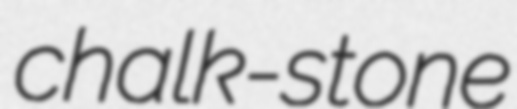
chalk-stone